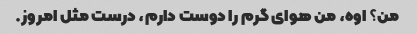
من؟ اوه، من هوای گرم را دوست دارم، درست مثل امروز.